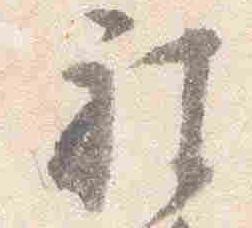
被